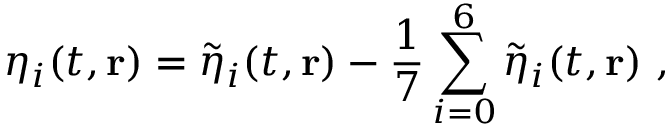
\eta _ { i } ( t , \mathbf { r } ) = \tilde { \eta } _ { i } ( t , \mathbf { r } ) - \frac { 1 } { 7 } \sum _ { i = 0 } ^ { 6 } \tilde { \eta } _ { i } ( t , \mathbf { r } ) \ ,